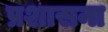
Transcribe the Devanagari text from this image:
प्रशासना